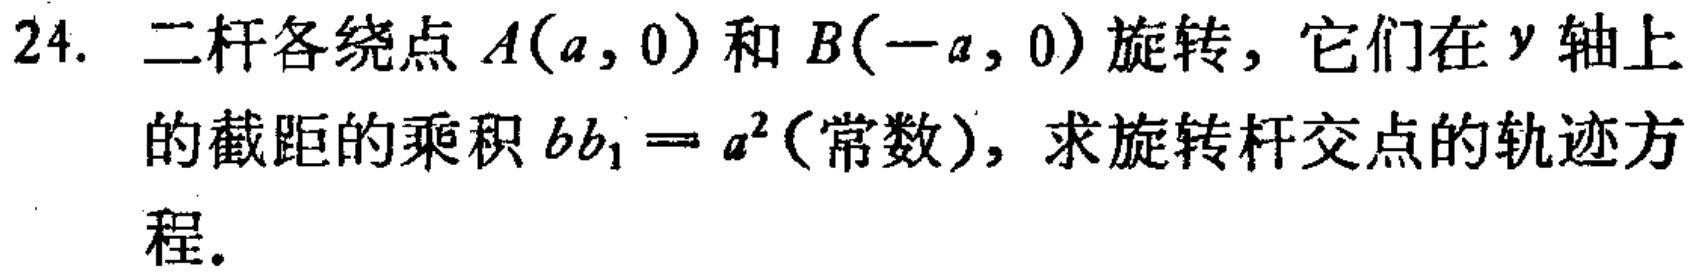
24. 二杆各绕点 \(A(a,0)\) 和 \(B(-a,0)\) 旋转，它们在 \(y\) 轴上的截距的乘积 \(bb_{1}=a^{2}\)(常数)，求旋转杆交点的轨迹方程.